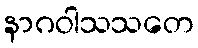
နာဂဝါသသတေ